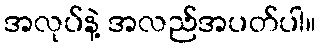
အလုပ်နဲ့ အလည်အပတ်ပါ။